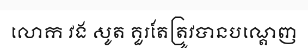
លោក វង សូត គួរតែត្រូវបានបណ្តេញ